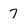
Character: 7